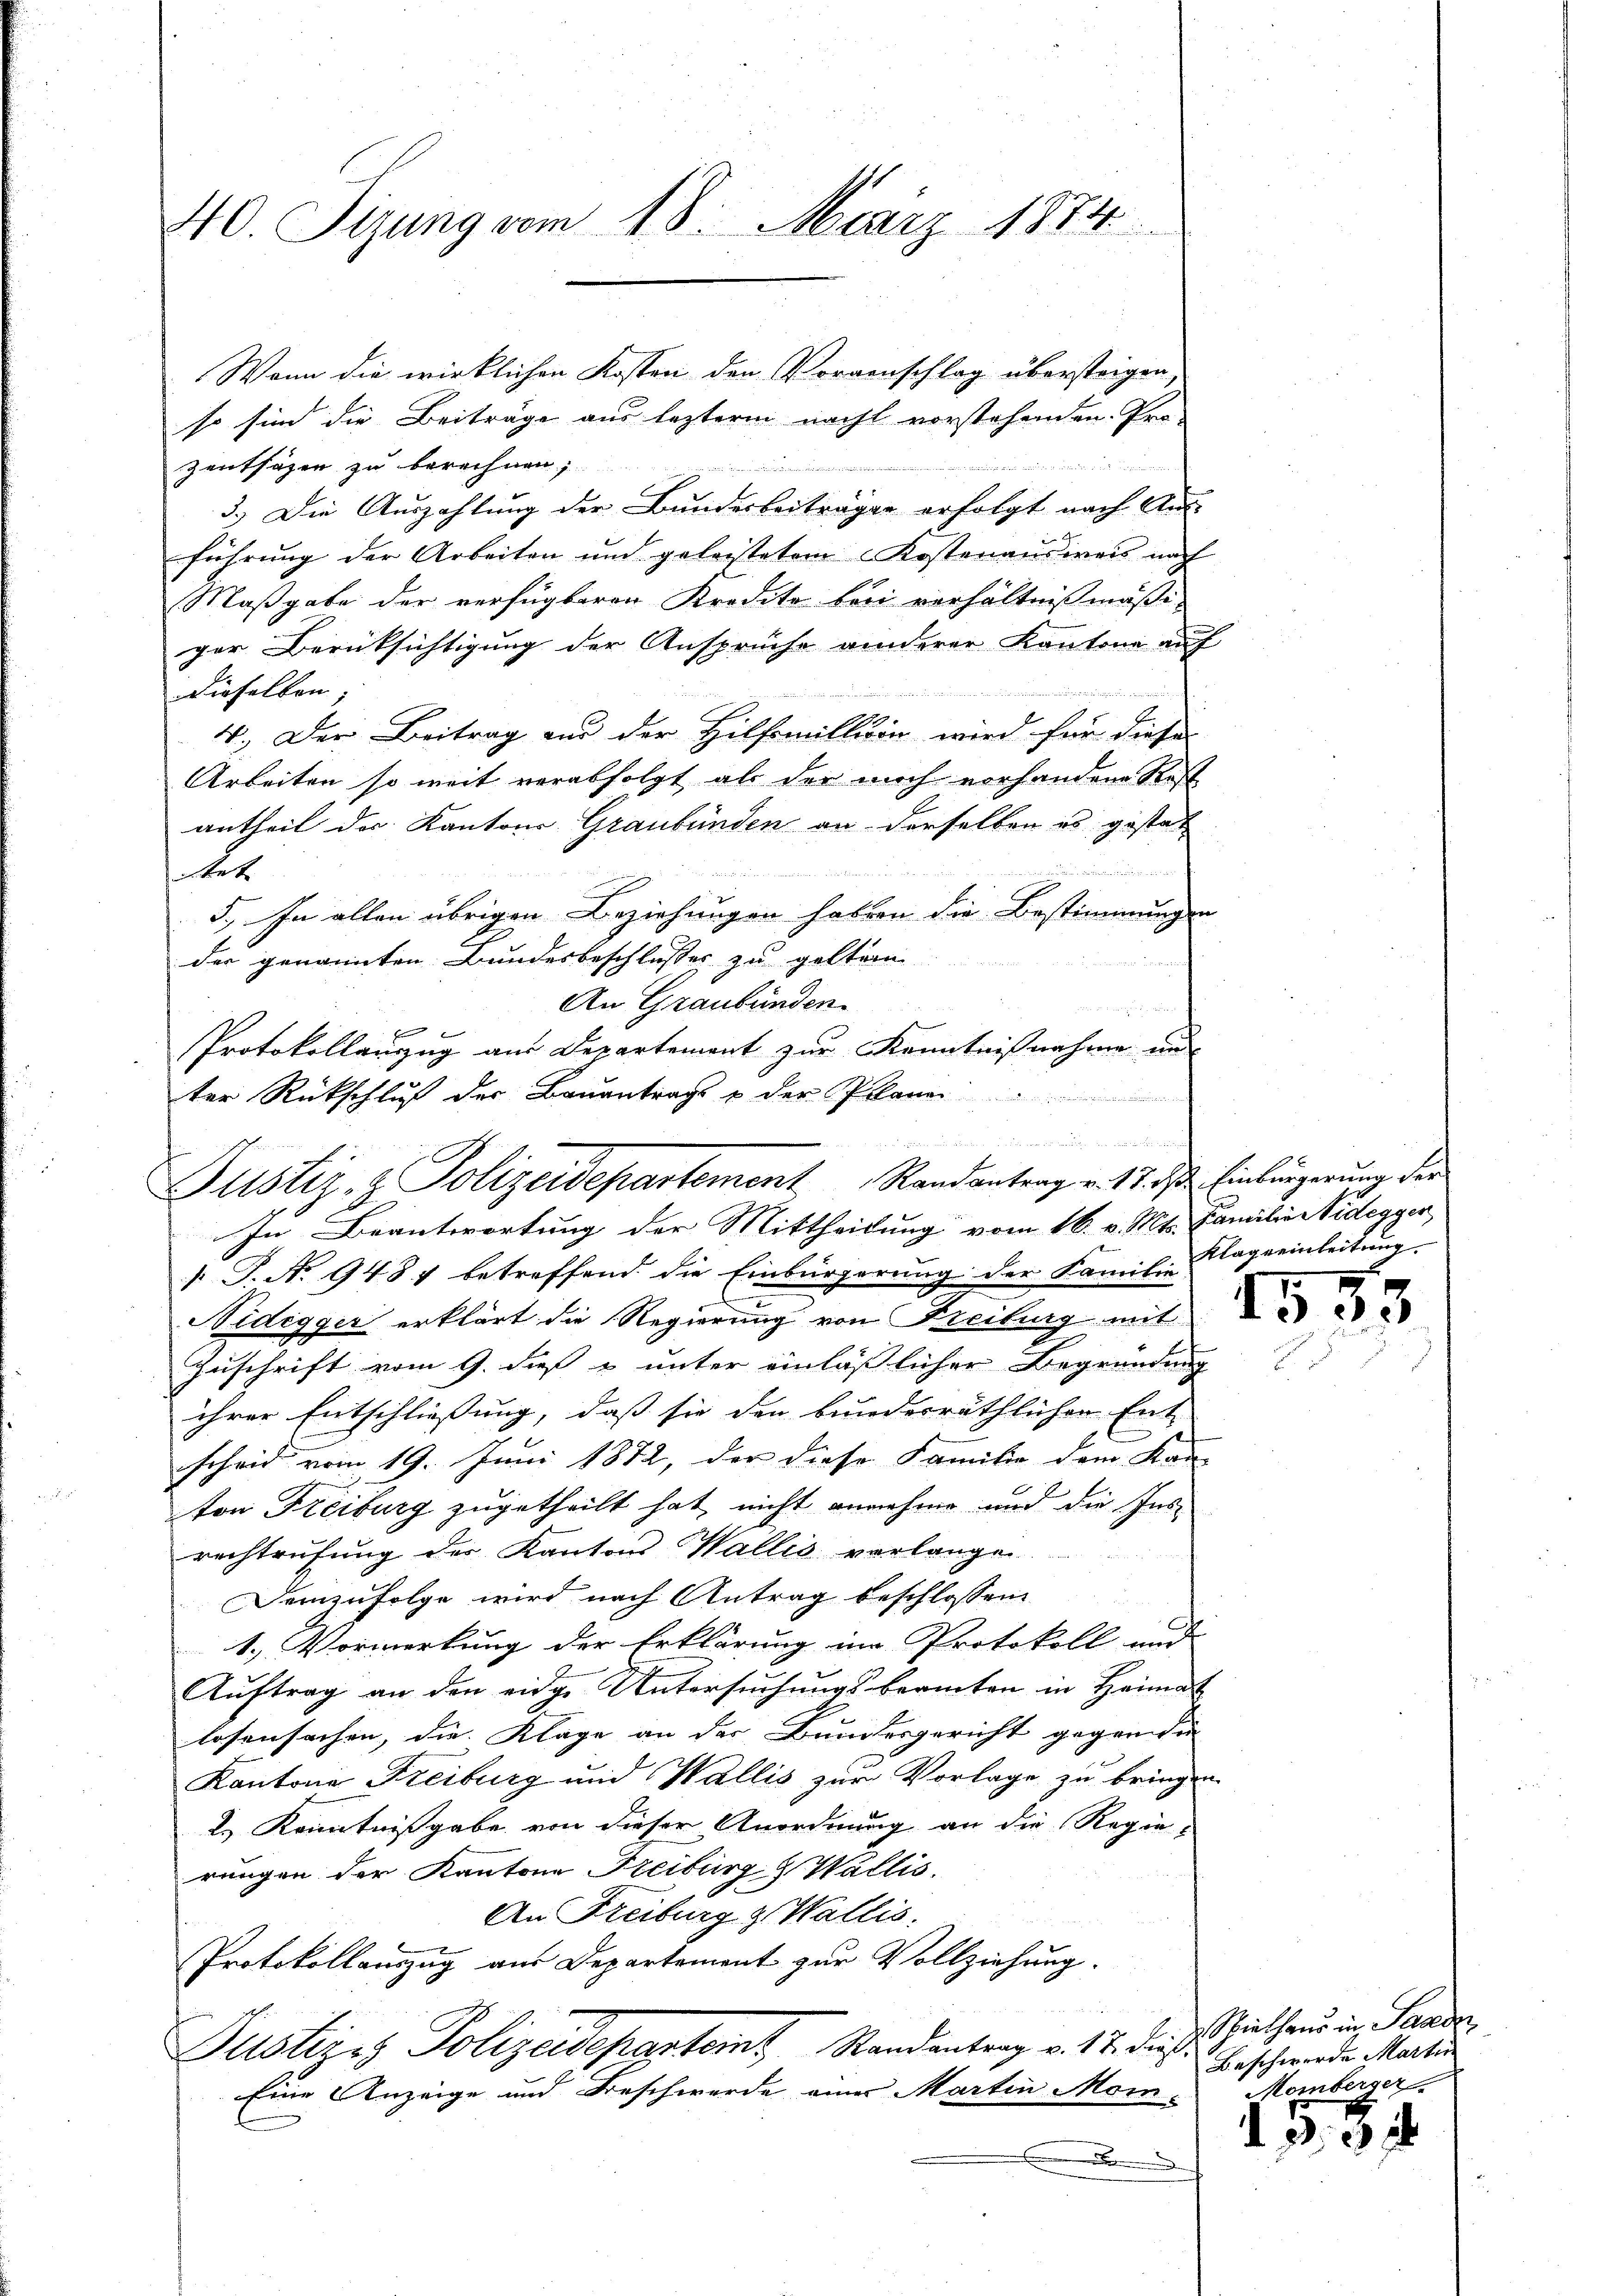
40. Sizung vom 18. März 1874

so sind die Beiträge aus lezterm nacht vorstehenden Pro-
zentsagen zu berechnen;
5.) Die Auszahlung der Bundesbeiträgen erfolgt nach Aus-
führung der Arbeiten und geleistetem Kostenaŭsweis nach
Maßgabe der verfügbaren Kredite beri verhältnißmäßi
ger Berüksichtigung der Ansprüche anderer Kantone auf

t
dieselben;
29
4. Der Beitrag aus der Hilfsmillison wird für diese
Arbeiten so weit verabfolgt als der mich vorhandene Stoff
antheil des Kantons Graubünden an derselben es gestat
nung einer ein
tet
5., In allen übrigen Beziehungen haben die Bestimmungen
der genannten Bundesbeschlusses zu gelten.
An Graubünden.
Protokollauszug aus Departement zur Kenntnißnahme und
ter Rückschluß der Bauantrage & der Plane

und wenn die
Justiz- & Polizeidepartement Randantrag v. 17. ds Einbürgerung der
In Beantwortung der Mittheilung vom 16. v. Mt. Familie Widegger,

Wenn die wirklichen Kosten den Vorgenschlag übersteigen,

. J. No 9484 betreffend die Einbürgerung der Familie Tag einleitung
Nidegger erklärt die Regierung von Freiburg mit
Zuschrift vom 9. dieß u unter einläßlicher Begründung
ihrer Entschließung, daß sie den bunderräthlicher Ent-
scheid vom 19. Juni 1872, der diese Familie dem Kan-
ton Freiburg zugetheilt hat, nicht annehme und die Ins
rechtrufung des Kantons Wallis verlangen
Demzufolge wird nach Antrag beschlossen
1.) Vormerkung der Erklärung im Protokoll und
Aŭftrag an den eidge Untersŭchŭngsbeamten in Heimat
losensachen, die Klage an der Bundesgericht gegen die
Kantone Freiburg und Wallis zur Vorlage zu bringen.
2.) Kenntnissgabe von dieser Anordnung an die Regie-
rungen der Kantone Freiburg & Wallis.
An Freiburg & Wallis.
Protokollauszug aus Departement zur Vollziehung.
Pusters Polizeidepartemt, Randantrag v. 18. dieß.
Eine Anzeige und Beschwerde einer Martin Mom-Momberger,
.

1535

Scpielhaus in Paade
Beschwerde Martin

d. 30